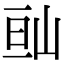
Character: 𡷆